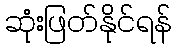
ဆုံးဖြတ်နိုင်ရန်